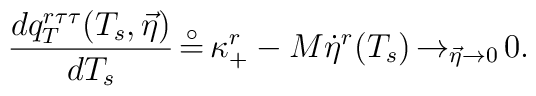
{{d q_T^{r\tau\tau}(T_s,\vec \eta )}\over {dT_s}}\, {\buildrel\circ \over =}\, \kappa^r_{+}-M {\dot \eta}^r(T_s)\,{\rightarrow}_{\vec \eta \rightarrow 0}\, 0.